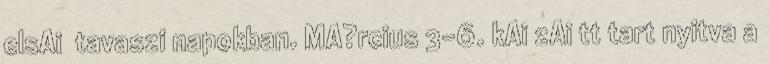
elsAi tavaszi napokban. MA?rcius 3-6. kAi zAi tt tart nyitva a